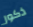
ذكور